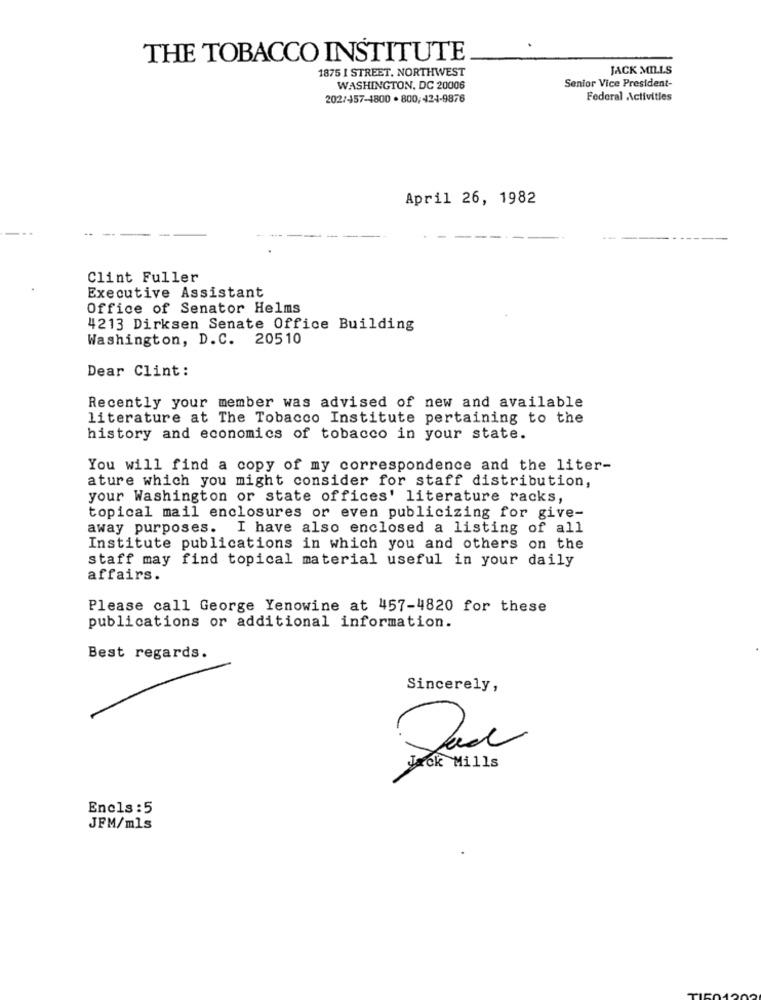
THE TOBACCO INSTITUTE
1875 I STREET, NORTHWEST
JACK MILLS
WASHINGTON, DC 20006
Senior Vice President-
202/157-1800 . 800, 424-9876
Federal Activities
April 26, 1982
Clint Fuller
Executive Assistant
Office of Senator Helms
4213 Dirksen Senate Office Building
Washington, D.C. 20510
Dear Clint:
Recently your member was advised of new and available
literature at The Tobacco Institute pertaining to the
history and economics of tobacco in your state.
You will find a copy of my correspondence and the liter-
ature which you might consider for staff distribution,
your Washington or state offices' literature racks,
topical mail enclosures or even publicizing for give-
away purposes. I have also enclosed a listing of all
Institute publications in which you and others on the
staff may find topical material useful in your daily
affairs.
Please call George Yenowine at 457-4820 for these
publications or additional information.
Best regards.
Sincerely,
Das
Jack Mills
Encls : 5
JFM/mls